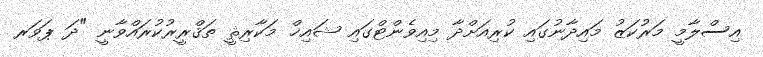
އިސްލާމީ މަރުކަޒު މައިދާނުގައި ކުރިއަށްދާ މިއިވެންޓްގައި ޝައިޚް މަކާރިޘީ ތަޤްރީރުކުރައްވާނީ "ދަ ޕަވަރ